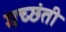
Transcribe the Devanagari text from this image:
गच्छंती